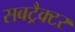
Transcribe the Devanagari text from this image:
सबट्रैक्टर